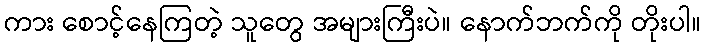
ကား စောင့်နေကြတဲ့ သူတွေ အများကြီးပဲ။ နောက်ဘက်ကို တိုးပါ။